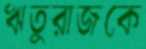
ঋতুরাজকে